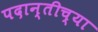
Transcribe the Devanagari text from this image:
पदान्तीच्या